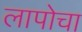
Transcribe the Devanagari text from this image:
लापोचा